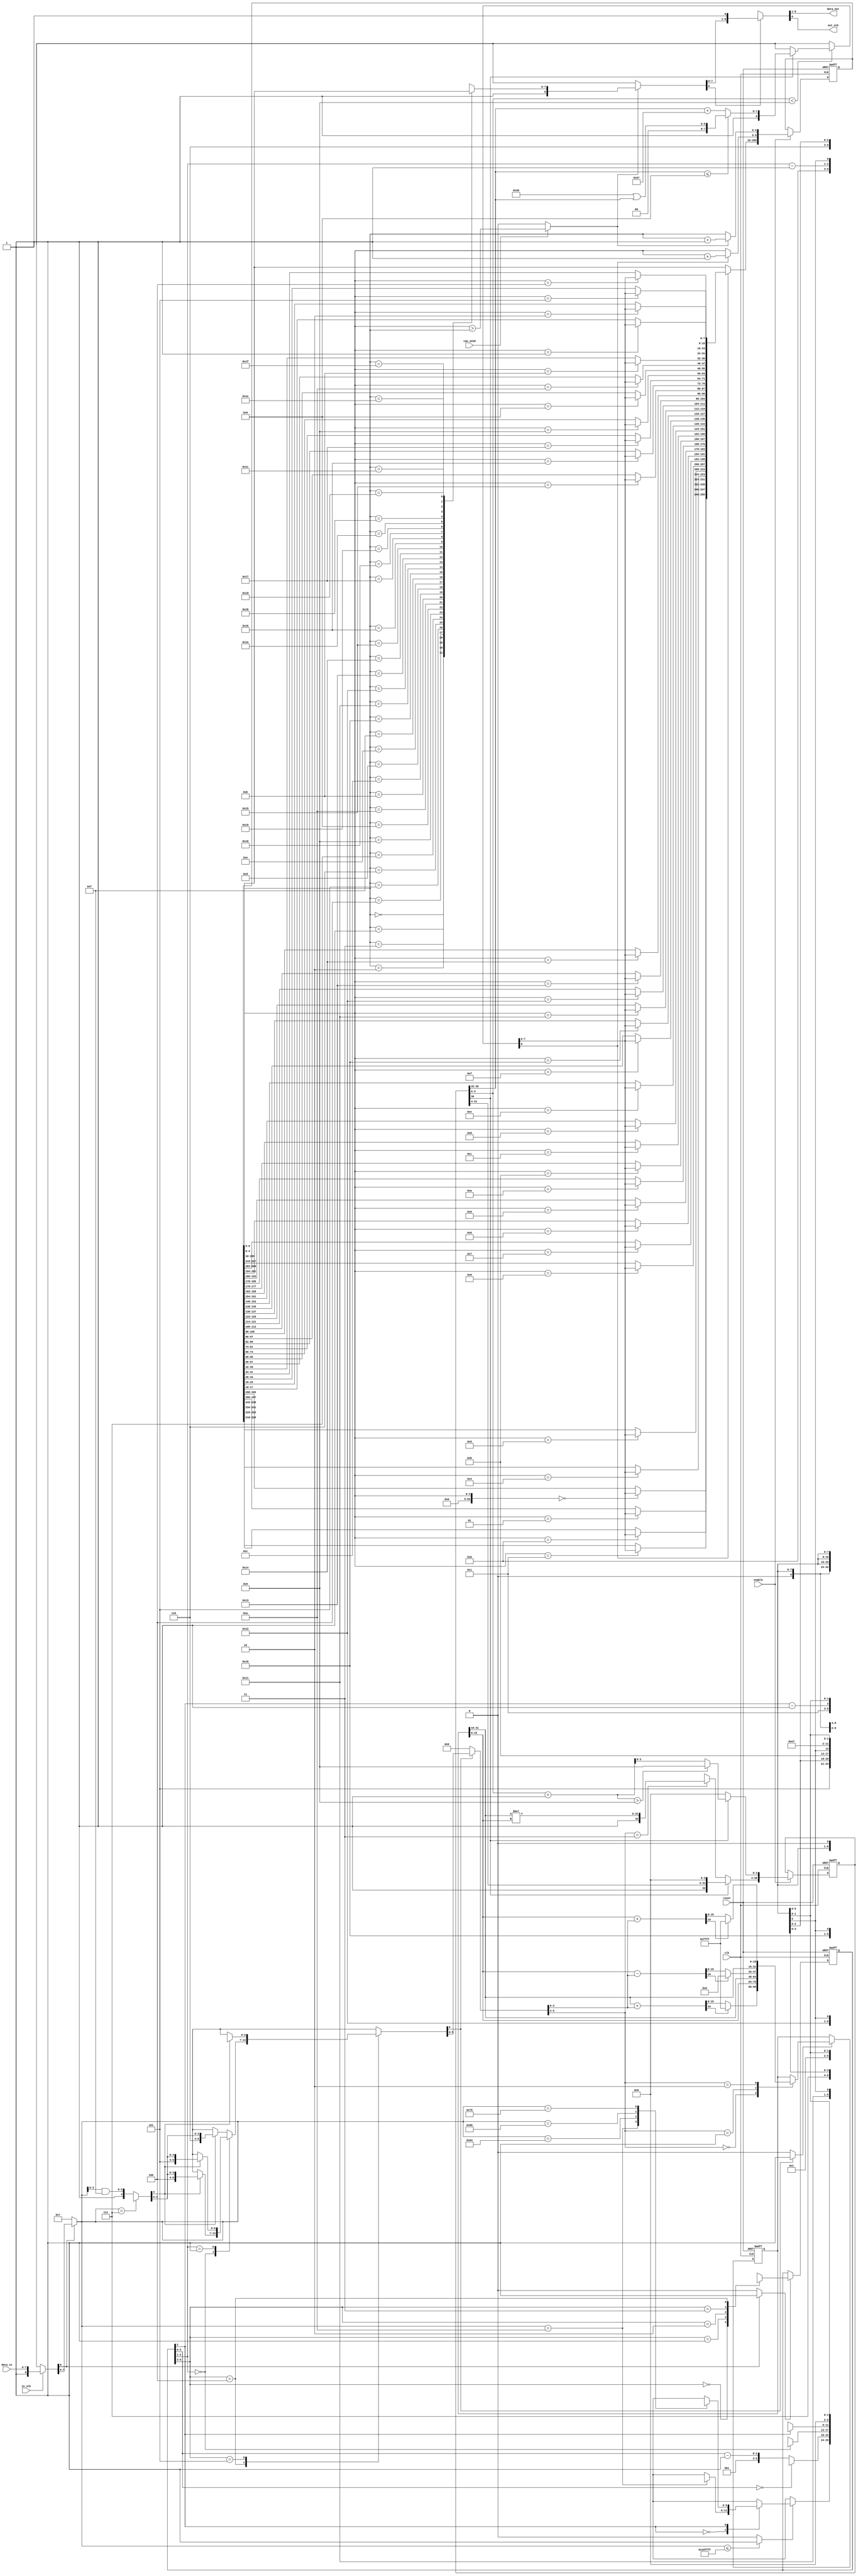
/* AUTOMATICALLY GENERATED VERILOG-2001 SOURCE CODE.
** GENERATED BY CLASH 1.4.6. DO NOT MODIFY.
*/
`timescale 100fs/100fs
module serial
    ( // Inputs
      input  clk // clock
    , input  reset // reset
    , input  enable // enable
    , input  can_send
    , input [7:0] data_in
    , input  in_stb

      // Outputs
    , output wire [7:0] data_out
    , output wire  out_stb
    );
  // Lib.hs:23:1-36
  wire [8:0] c$ds_app_arg;
  // Puzzle.hs:(20,1)-(21,67)
  wire  c$ds_app_arg_0;
  // Puzzle.hs:(20,1)-(21,67)
  reg [5:0] maybeToBoola_c$ds_app_arg = {3'b000,1'd1,2'bxx};
  // Puzzle.hs:(20,1)-(21,67)
  wire [7:0] c$ds_app_arg_1;
  wire [6:0] result_0;
  // Puzzle.hs:(20,1)-(21,67)
  wire [7:0] a;
  wire [12:0] result_1;
  reg [6:0] result_2;
  wire [6:0] c$case_alt;
  reg [6:0] c$case_alt_0;
  // Puzzle.hs:103:1-9
  wire [1:0] dir;
  wire [6:0] c$case_alt_1;
  wire [6:0] c$case_alt_2;
  wire [6:0] c$case_alt_3;
  // Puzzle.hs:103:1-9
  wire [3:0] a1;
  // Puzzle.hs:103:1-9
  reg [4:0] \inp' ;
  // Puzzle.hs:103:1-9
  wire signed [63:0] \c$inp'_app_arg ;
  reg [5:0] c$app_arg;
  wire [5:0] c$case_alt_4;
  reg [5:0] c$case_alt_5;
  reg [5:0] c$case_alt_6;
  // Puzzle.hs:103:1-9
  wire [0:0] ctr;
  // Puzzle.hs:103:1-9
  wire [1:0] ctr_0;
  // Puzzle.hs:103:1-9
  wire [2:0] ctr_1;
  reg [5:0] result_3;
  reg [5:0] c$case_alt_7;
  reg [5:0] c$case_alt_8;
  reg [5:0] c$case_alt_9;
  wire [20:0] c$case_scrut;
  // Puzzle.hs:103:1-9
  wire signed [63:0] wild;
  // Puzzle.hs:103:1-9
  wire signed [63:0] c$wild_app_arg;
  // Puzzle.hs:(36,1)-(37,69)
  wire  c$ds_app_arg_2;
  // Puzzle.hs:(36,1)-(37,69)
  reg [31:0] maybeToBoola_c$ds_app_arg_0 = {16'd0,   16'd0};
  // Puzzle.hs:(36,1)-(37,69)
  wire [5:0] c$ds_app_arg_3;
  wire [32:0] result_4;
  // Puzzle.hs:(36,1)-(37,69)
  wire [5:0] a_0;
  // Puzzle.hs:54:1-9
  wire signed [63:0] c$r_app_arg;
  wire [15:0] result_5;
  // Puzzle.hs:54:1-9
  wire signed [63:0] c$ds1_app_arg;
  wire [16:0] r;
  wire [15:0] result_6;
  // Puzzle.hs:54:1-9
  wire signed [63:0] c$r_app_arg_0;
  wire [15:0] result_7;
  reg [32:0] c$app_arg_0;
  wire [64:0] result_8;
  // Puzzle.hs:54:1-9
  wire [15:0] x;
  // Puzzle.hs:54:1-9
  wire [15:0] y;
  // Puzzle.hs:54:1-9
  wire [3:0] n;
  // Puzzle.hs:54:1-9
  wire [3:0] n_0;
  // Puzzle.hs:54:1-9
  wire [3:0] n_1;
  // Puzzle.hs:54:1-9
  reg [31:0] ds1;
  // Puzzle.hs:54:1-9
  wire [16:0] r_0;
  // Puzzle.hs:54:1-9
  wire [16:0] r_1;
  // Puzzle.hs:(66,1)-(67,68)
  reg [36:0] maybeToBoola_c$ds_app_arg_1 = {{1'b0,32'bxxxxxxxxxxxxxxxxxxxxxxxxxxxxxxxx},   4'd0};
  wire [8:0] result_9;
  wire [45:0] c$case_alt_10;
  wire [8:0] c$app_arg_1;
  wire [8:0] c$case_alt_11;
  wire [7:0] result_10;
  wire signed [63:0] c$app_arg_2;
  wire signed [63:0] c$app_arg_3;
  // Puzzle.hs:74:1-15
  wire [31:0] a_1;
  wire [3:0] c$app_arg_4;
  wire [4:0] z;
  wire [3:0] result_11;
  // Puzzle.hs:74:1-15
  wire [3:0] digitIdx;
  wire [32:0] c$app_arg_5;
  // Puzzle.hs:74:1-15
  wire [31:0] n_2;
  // Puzzle.hs:74:1-15
  wire [32:0] number;
  // Lib.hs:(27,1)-(28,72)
  reg [265:0] maybeToBoola_c$ds_app_arg_2 = {{8'b00000001,   8'b00000001,   8'b00000001,   8'b00000001,   8'b00000001,
  8'b00000001,   8'b00000001,   8'b00000001,   8'b00000001,   8'b00000001,
  8'b00000001,   8'b00000001,   8'b00000001,   8'b00000001,   8'b00000001,
  8'b00000001,   8'b00000001,   8'b00000001,   8'b00000001,   8'b00000001,
  8'b00000001,   8'b00000001,   8'b00000001,   8'b00000001,   8'b00000001,
  8'b00000001,   8'b00000001,   8'b00000001,   8'b00000001,   8'b00000001,
  8'b00000001,   8'b00000001},   5'd0,   5'd0};
  wire [8:0] result_12;
  // Lib.hs:45:1-15
  wire signed [63:0] c$wild3_app_arg;
  wire [255:0] result_13;
  wire [255:0] c$app_arg_6;
  wire [4:0] c$app_arg_7;
  wire [4:0] c$app_arg_8;
  // Lib.hs:45:1-15
  wire signed [63:0] c$wild3_app_arg_0;
  wire [7:0] result_14;
  wire [8:0] c$app_arg_9;
  wire [274:0] result_15;
  // Lib.hs:45:1-15
  wire  canSend;
  // Lib.hs:45:1-15
  wire [7:0] a_2;
  // Lib.hs:45:1-15
  wire signed [63:0] wild3;
  // Lib.hs:45:1-15
  wire signed [63:0] wild3_0;
  // Lib.hs:45:1-15
  wire  doSend;
  // Lib.hs:45:1-15
  wire [4:0] readPointer1;
  // Lib.hs:45:1-15
  wire [4:0] writePointer1;
  // Lib.hs:45:1-15
  wire [255:0] memory1;
  // Lib.hs:23:1-36
  wire [7:0] a1_0;
  wire [9:0] eta;
  wire [7:0] c$bv;
  wire signed [63:0] result_selection_res;
  wire [0:0] c$case_alt_selection_9;
  wire [16:0] c$bv_0;
  wire [16:0] c$bv_1;
  wire [16:0] c$bv_2;
  wire [31:0] c$i_29;
  wire [31:0] c$i_31;
  wire [8:0] result;

  assign eta = {can_send,   data_in,   in_stb};

  assign c$ds_app_arg = eta[0:0] ? {1'b1,eta[8:1]} : {1'b0,8'bxxxxxxxx};

  assign c$ds_app_arg_0 = c$ds_app_arg[8:8] ? 1'b1 : 1'b0;

  // register begin
  always @(posedge clk or  posedge  reset) begin : maybeToBoola_c$ds_app_arg_register
    if ( reset) begin
      maybeToBoola_c$ds_app_arg <= {3'b000,1'd1,2'bxx};
    end else if (c$ds_app_arg_0) begin
      maybeToBoola_c$ds_app_arg <= result_1[12:7];
    end
  end
  // register end

  assign c$ds_app_arg_1 = c$ds_app_arg[8:8] ? a : 8'b00000111;

  assign result_0 = result_1[6:0];

  assign a = c$ds_app_arg[7:0];

  assign result_1 = {c$app_arg,   result_2};

  always @(*) begin
    case(maybeToBoola_c$ds_app_arg[5:3])
      3'b100 : result_2 = c$case_alt_0;
      3'b101 : result_2 = c$case_alt;
      default : result_2 = {1'b0,6'bxxxxxx};
    endcase
  end

  assign c$case_alt = \inp' [4:4] ? {1'b1,{2'b11,4'bxxxx}} : {1'b0,6'bxxxxxx};

  always @(*) begin
    case(dir)
      2'b00 : c$case_alt_0 = c$case_alt_3;
      2'b01 : c$case_alt_0 = c$case_alt_2;
      default : c$case_alt_0 = c$case_alt_1;
    endcase
  end

  assign dir = maybeToBoola_c$ds_app_arg[2:1];

  assign c$case_alt_1 = \inp' [4:4] ? {1'b1,{2'b10,a1}} : {1'b0,6'bxxxxxx};

  assign c$case_alt_2 = \inp' [4:4] ? {1'b1,{2'b01,a1}} : {1'b0,6'bxxxxxx};

  assign c$case_alt_3 = \inp' [4:4] ? {1'b1,{2'b00,a1}} : {1'b0,6'bxxxxxx};

  assign a1 = \inp' [3:0];

  always @(*) begin
    case(c$ds_app_arg_1)
      8'b00000111 : \inp'  = {1'b0,4'bxxxx};
      default : \inp'  = {1'b1,$unsigned(\c$inp'_app_arg [0+:4])};
    endcase
  end

  assign c$bv = (c$ds_app_arg_1 & 8'b00001111);

  assign \c$inp'_app_arg  = $unsigned({{(64-8) {1'b0}},c$bv});

  always @(*) begin
    case(maybeToBoola_c$ds_app_arg[5:3])
      3'b000 : c$app_arg = result_3;
      3'b001 : c$app_arg = c$case_alt_6;
      3'b010 : c$app_arg = c$case_alt_5;
      3'b011 : c$app_arg = c$case_alt_4;
      3'b100 : c$app_arg = {3'b000,1'd0,2'bxx};
      3'b101 : c$app_arg = {3'b110,3'bxxx};
      default : c$app_arg = {3'b110,3'bxxx};
    endcase
  end

  assign c$case_alt_4 = ctr ? {3'b011,ctr - 1'd1,2'bxx} : {3'b100,2'd1,1'bx};

  always @(*) begin
    case(ctr_0)
      2'd0 : c$case_alt_5 = {3'b100,2'd2,1'bx};
      default : c$case_alt_5 = {3'b010,ctr_0 - 2'd1,1'bx};
    endcase
  end

  always @(*) begin
    case(ctr_1)
      3'd0 : c$case_alt_6 = {3'b100,2'd0,1'bx};
      default : c$case_alt_6 = {3'b001,ctr_1 - 3'd1};
    endcase
  end

  assign ctr = maybeToBoola_c$ds_app_arg[2:2];

  assign ctr_0 = maybeToBoola_c$ds_app_arg[2:1];

  assign ctr_1 = maybeToBoola_c$ds_app_arg[2:0];

  assign result_selection_res = (($unsigned(wild)) <= 64'd1114111) ? 64'sd1 : 64'sd0;

  always @(*) begin
    case(result_selection_res)
      64'sd1 : result_3 = c$case_alt_7;
      default : result_3 = {6 {1'bx}};
    endcase
  end

  assign c$case_alt_selection_9 = maybeToBoola_c$ds_app_arg[2:2];

  always @(*) begin
    case(c$case_alt_selection_9)
      1'd0 : c$case_alt_7 = c$case_alt_9;
      1'd1 : c$case_alt_7 = c$case_alt_8;
      default : c$case_alt_7 = {6 {1'bx}};
    endcase
  end

  always @(*) begin
    case(c$case_scrut)
      21'd10 : c$case_alt_8 = {3'b101,3'bxxx};
      21'd100 : c$case_alt_8 = {3'b010,2'd3,1'bx};
      21'd102 : c$case_alt_8 = {3'b001,3'd6};
      21'd117 : c$case_alt_8 = {3'b011,1'd1,2'bxx};
      default : c$case_alt_8 = {6 {1'bx}};
    endcase
  end

  always @(*) begin
    case(c$case_scrut)
      21'd10 : c$case_alt_9 = {3'b000,1'd1,2'bxx};
      default : c$case_alt_9 = {6 {1'bx}};
    endcase
  end

  assign c$case_scrut = $unsigned(wild[0+:21]);

  assign wild = $signed(c$wild_app_arg);

  assign c$wild_app_arg = $unsigned({{(64-8) {1'b0}},c$ds_app_arg_1});

  assign c$ds_app_arg_2 = result_0[6:6] ? 1'b1 : 1'b0;

  // register begin
  always @(posedge clk or  posedge  reset) begin : maybeToBoola_c$ds_app_arg_0_register
    if ( reset) begin
      maybeToBoola_c$ds_app_arg_0 <= {16'd0,   16'd0};
    end else if (c$ds_app_arg_2) begin
      maybeToBoola_c$ds_app_arg_0 <= result_8[64:33];
    end
  end
  // register end

  assign c$ds_app_arg_3 = result_0[6:6] ? a_0 : {2'b00,4'd0};

  assign result_4 = result_8[32:0];

  assign a_0 = result_0[5:0];

  assign c$r_app_arg = $unsigned({{(64-4) {1'b0}},n});

  assign c$bv_0 = (r_0);

  assign result_5 = (( c$bv_0[17-1] ) == 1'b0) ? (r_0[0+:16]) : 16'd65535;

  assign c$ds1_app_arg = $unsigned({{(64-4) {1'b0}},n_1});

  assign r =  y - ($unsigned(c$ds1_app_arg[0+:16]));

  assign c$bv_1 = (r);

  assign result_6 = (( c$bv_1[17-1] ) == 1'b0) ? (r[0+:16]) : (16'd0);

  assign c$r_app_arg_0 = $unsigned({{(64-4) {1'b0}},n_0});

  assign c$bv_2 = (r_1);

  assign result_7 = (( c$bv_2[17-1] ) == 1'b0) ? (r_1[0+:16]) : 16'd65535;

  always @(*) begin
    case(c$ds_app_arg_3[5:4])
      2'b11 : c$app_arg_0 = {1'b1,({{(32-16) {1'b0}},x}) * ({{(32-16) {1'b0}},y})};
      default : c$app_arg_0 = {1'b0,32'bxxxxxxxxxxxxxxxxxxxxxxxxxxxxxxxx};
    endcase
  end

  assign result_8 = {{ds1[31:16],   ds1[15:0]},
                     c$app_arg_0};

  assign x = maybeToBoola_c$ds_app_arg_0[31:16];

  assign y = maybeToBoola_c$ds_app_arg_0[15:0];

  assign n = c$ds_app_arg_3[3:0];

  assign n_0 = c$ds_app_arg_3[3:0];

  assign n_1 = c$ds_app_arg_3[3:0];

  always @(*) begin
    case(c$ds_app_arg_3[5:4])
      2'b00 : ds1 = {result_5,   y};
      2'b01 : ds1 = {x,   result_6};
      2'b10 : ds1 = {x,   result_7};
      default : ds1 = maybeToBoola_c$ds_app_arg_0;
    endcase
  end

  assign r_0 = x + ($unsigned(c$r_app_arg[0+:16]));

  assign r_1 = y + ($unsigned(c$r_app_arg_0[0+:16]));

  // register begin
  always @(posedge clk or  posedge  reset) begin : maybeToBoola_c$ds_app_arg_1_register
    if ( reset) begin
      maybeToBoola_c$ds_app_arg_1 <= {{1'b0,32'bxxxxxxxxxxxxxxxxxxxxxxxxxxxxxxxx},   4'd0};
    end else if (enable) begin
      maybeToBoola_c$ds_app_arg_1 <= c$case_alt_10[45:9];
    end
  end
  // register end

  assign result_9 = c$case_alt_10[8:0];

  assign c$case_alt_10 = {{c$app_arg_5,
                           c$app_arg_4},   c$app_arg_1};

  assign c$app_arg_1 = (digitIdx < 4'd8) ? c$case_alt_11 : {1'b0,8'bxxxxxxxx};

  assign c$case_alt_11 = number[32:32] ? {1'b1,result_10} : {1'b0,8'bxxxxxxxx};

  assign result_10 = (a_1 <= 32'd9) ? ($unsigned(c$app_arg_2[0+:8])) : ($unsigned(c$app_arg_3[0+:8]));

  assign c$i_29 = (32'd48 | a_1);

  assign c$app_arg_2 = $unsigned({{(64-32) {1'b0}},c$i_29});

  assign c$i_31 = (a_1 + 32'd87);

  assign c$app_arg_3 = $unsigned({{(64-32) {1'b0}},c$i_31});

  assign a_1 = n_2 >> (64'sd28);

  assign c$app_arg_4 = number[32:32] ? result_11 : 4'd0;

  assign z = digitIdx + 4'd1;

  assign result_11 = (z > 5'd8) ? 4'd8 : (z[0+:4]);

  assign digitIdx = maybeToBoola_c$ds_app_arg_1[3:0];

  assign c$app_arg_5 = number[32:32] ? {1'b1,n_2 << (64'sd4)} : result_4;

  assign n_2 = number[31:0];

  assign number = maybeToBoola_c$ds_app_arg_1[36:4];

  // register begin
  always @(posedge clk or  posedge  reset) begin : maybeToBoola_c$ds_app_arg_2_register
    if ( reset) begin
      maybeToBoola_c$ds_app_arg_2 <= {{8'b00000001,   8'b00000001,   8'b00000001,   8'b00000001,   8'b00000001,
    8'b00000001,   8'b00000001,   8'b00000001,   8'b00000001,   8'b00000001,
    8'b00000001,   8'b00000001,   8'b00000001,   8'b00000001,   8'b00000001,
    8'b00000001,   8'b00000001,   8'b00000001,   8'b00000001,   8'b00000001,
    8'b00000001,   8'b00000001,   8'b00000001,   8'b00000001,   8'b00000001,
    8'b00000001,   8'b00000001,   8'b00000001,   8'b00000001,   8'b00000001,
    8'b00000001,   8'b00000001},   5'd0,   5'd0};
    end else if (enable) begin
      maybeToBoola_c$ds_app_arg_2 <= result_15[274:9];
    end
  end
  // register end

  assign result_12 = result_15[8:0];

  assign c$wild3_app_arg = $unsigned({{(64-5) {1'b0}},writePointer1});

  // vector replace begin
  genvar i;
  generate
  for (i=0;i<32;i=i+1) begin : vector_replace
    assign result_13[(31-i)*8+:8] = (wild3) == i ? a_2 : memory1[(31-i)*8+:8];
  end
  endgenerate
  // vector replace end

  assign c$app_arg_6 = result_9[8:8] ? result_13 : memory1;

  assign c$app_arg_7 = result_9[8:8] ? (writePointer1 + 5'd1) : writePointer1;

  assign c$app_arg_8 = doSend ? (readPointer1 + 5'd1) : readPointer1;

  assign c$wild3_app_arg_0 = $unsigned({{(64-5) {1'b0}},readPointer1});

  // index begin
  wire [7:0] vecArray [0:32-1];
  genvar i_0;
  generate
  for (i_0=0; i_0 < 32; i_0=i_0+1) begin : mk_array
    assign vecArray[(32-1)-i_0] = memory1[i_0*8+:8];
  end
  endgenerate
  assign result_14 = vecArray[(wild3_0)];
  // index end

  assign c$app_arg_9 = doSend ? {1'b1,result_14} : {1'b0,8'bxxxxxxxx};

  assign result_15 = {{c$app_arg_6,
                       c$app_arg_7,   c$app_arg_8},   c$app_arg_9};

  assign canSend = eta[9:9];

  assign a_2 = result_9[7:0];

  assign wild3 = $signed(c$wild3_app_arg);

  assign wild3_0 = $signed(c$wild3_app_arg_0);

  assign doSend = canSend ? (writePointer1 > readPointer1) : 1'b0;

  assign readPointer1 = maybeToBoola_c$ds_app_arg_2[4:0];

  assign writePointer1 = maybeToBoola_c$ds_app_arg_2[9:5];

  assign memory1 = maybeToBoola_c$ds_app_arg_2[265:10];

  assign result = result_12[8:8] ? {a1_0,
                                    1'b1} : {{8 {1'bx}},   1'b0};

  assign a1_0 = result_12[7:0];

  assign data_out = result[8:1];

  assign out_stb = result[0:0];


endmodule